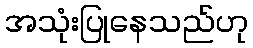
အသုံးပြုနေသည်ဟု